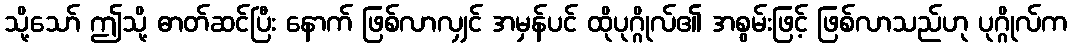
သို့သော် ဤသို့ ဓာတ်ဆင်ပြီး နောက် ဖြစ်လာလျှင် အမှန်ပင် ထိုပုဂ္ဂိုလ်၏ အစွမ်းဖြင့် ဖြစ်လာသည်ဟု ပုဂ္ဂိုလ်က